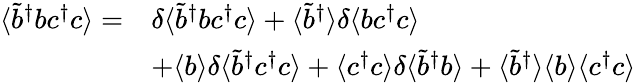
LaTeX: \begin{array}{rl}{\langle\tilde{b}^{\dagger}bc^{\dagger}c\rangle=}&{\delta\langle\tilde{b}^{\dagger}bc^{\dagger}c\rangle+\langle\tilde{b}^{\dagger}\rangle\delta\langle bc^{\dagger}c\rangle}\\ &{+\langle b\rangle\delta\langle\tilde{b}^{\dagger}c^{\dagger}c\rangle+\langle c^{\dagger}c\rangle\delta\langle\tilde{b}^{\dagger}b\rangle+\langle\tilde{b}^{\dagger}\rangle\langle b\rangle\langle c^{\dagger}c\rangle}\end{array}